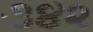
૩૪૨